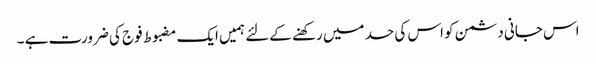
اس جانی دشمن کو اس کی حد میں رکھنے کےلئے ہمیں ایک مضبوط فوج کی ضرورت ہے ۔